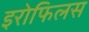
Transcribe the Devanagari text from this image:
इरोफिलस